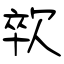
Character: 㰵